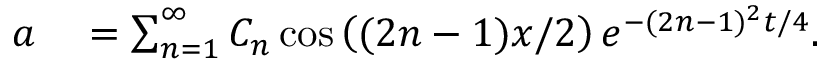
\begin{array} { r l } { a } & { { } = \sum _ { n = 1 } ^ { \infty } C _ { n } \cos \left( ( 2 n - 1 ) x / 2 \right) e ^ { - ( 2 n - 1 ) ^ { 2 } t / 4 } . } \end{array}